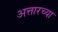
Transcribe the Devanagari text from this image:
अत्तारच्या